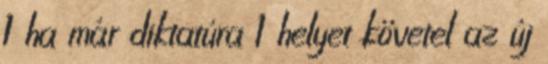
1 ha már diktatúra 1 helyet követel az új